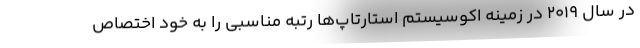
در سال ۲۰۱۹ در زمینه اکوسیستم استارتاپ‌ها رتبه مناسبی را به خود اختصاص